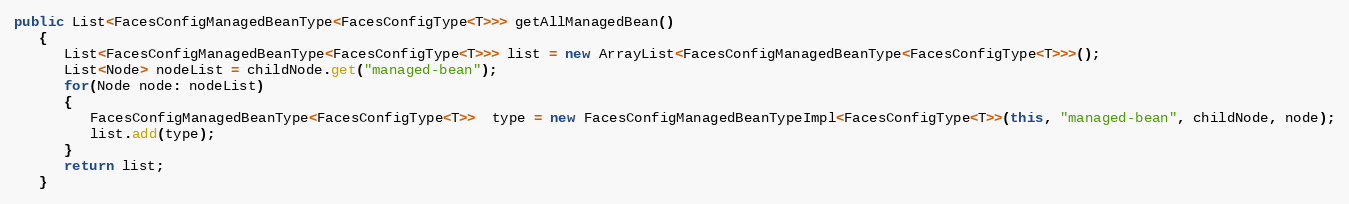
Language: Java
public List<FacesConfigManagedBeanType<FacesConfigType<T>>> getAllManagedBean()
   {
      List<FacesConfigManagedBeanType<FacesConfigType<T>>> list = new ArrayList<FacesConfigManagedBeanType<FacesConfigType<T>>>();
      List<Node> nodeList = childNode.get("managed-bean");
      for(Node node: nodeList)
      {
         FacesConfigManagedBeanType<FacesConfigType<T>>  type = new FacesConfigManagedBeanTypeImpl<FacesConfigType<T>>(this, "managed-bean", childNode, node);
         list.add(type);
      }
      return list;
   }